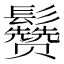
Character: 𱆈